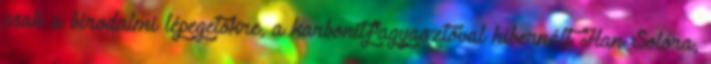
csak a birodalmi lépegetőkre, a karbonitfagyasztóval hibernált Han Solóra,